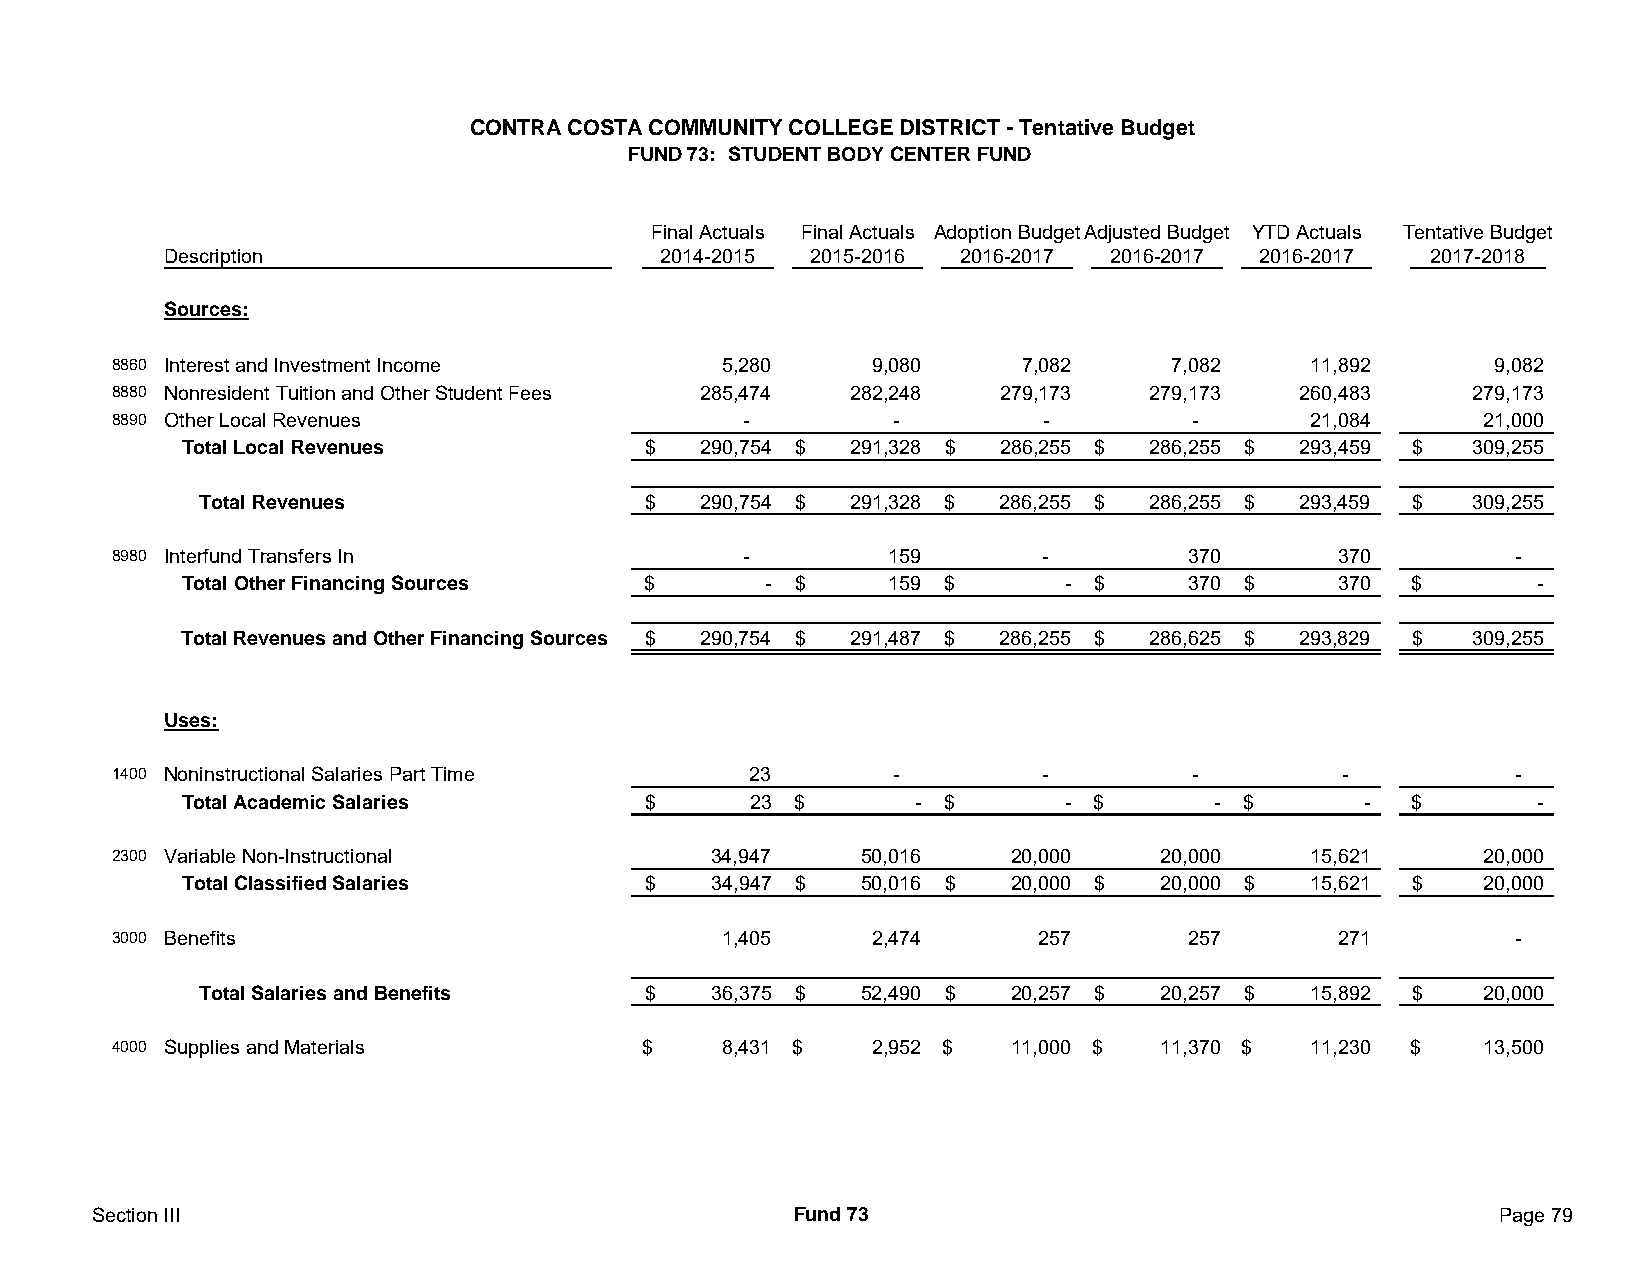
CONTRA COSTA COMMUNITY COLLEGE DISTRICT - Tentative Budget
 FUND 73: STUDENT BODY CENTER FUND
 Final Actuals Final Actuals Adoption BudgetAdjusted Budget YTD Actuals Tentative Budget
 Description                     2014-2015 2015-2016 2016-2017 2016-2017 2016-2017  2017-2018
 Sources:
 8860 Interest and Investment Income     5,280     9,080     7,082     7,082    11,892       9,082
 8880 Nonresident Tuition and Other Student Fees 285,474 282,248 279,173 279,173 260,483   279,173
 8890 Other Local Revenues                 -         -         -         -      21,084      21,000
 Total Local Revenues          $   290,754 $ 291,328 $ 286,255 $ 286,255 $ 293,459 $  3 09,255
 Total Revenues               $   290,754 $ 291,328 $ 286,255 $ 286,255 $ 293,459 $  3 09,255
 8980 Interfund Transfers In               -        159        -        370       370         -
 Total Other Financing Sources $       - $     1 59 $      - $     3 70 $    3 70 $       -
 Total Revenues and Other Financing Sources $ 290,754 $ 291,487 $ 286,255 $ 286,625 $ 293,829 $ 3 09,255
 Uses:
 1400 Noninstructional Salaries Part Time  23        -         -         -         -          -
 Total Academic Salaries       $      2 3 $      - $       - $       - $       -  $       -
 2300 Variable Non-Instructional         34,947    50,016    20,000   20,000    15,621      20,000
 Total Classified Salaries     $    34,947 $  50,016 $  20,000 $ 20,000 $  15,621 $    2 0,000
 3000 Benefits                           1,405     2,474      257       257       271         -
 Total Salaries and Benefits  $    36,375 $  52,490 $  20,257 $ 20,257 $  15,892 $    2 0,000
 4000 Supplies and Materials        $    8,431 $   2,952 $   11,000 $ 11,370 $  11,230 $    13,500
 Section III                                   Fund 73                                        Page 79